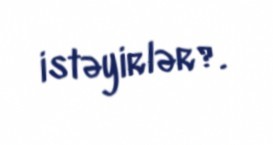
istəyirlər?.